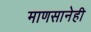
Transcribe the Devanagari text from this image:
माणसानेही